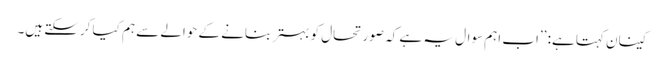
کینان کہتا ہے: ’’اب اہم سوال یہ ہے کہ صورتحال کو بہتر بنانے کے حوالے سے ہم کیا کرسکتے ہیں۔